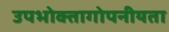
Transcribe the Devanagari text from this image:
उपभोक्तागोपनीयता